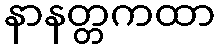
နာနတ္တကထာ